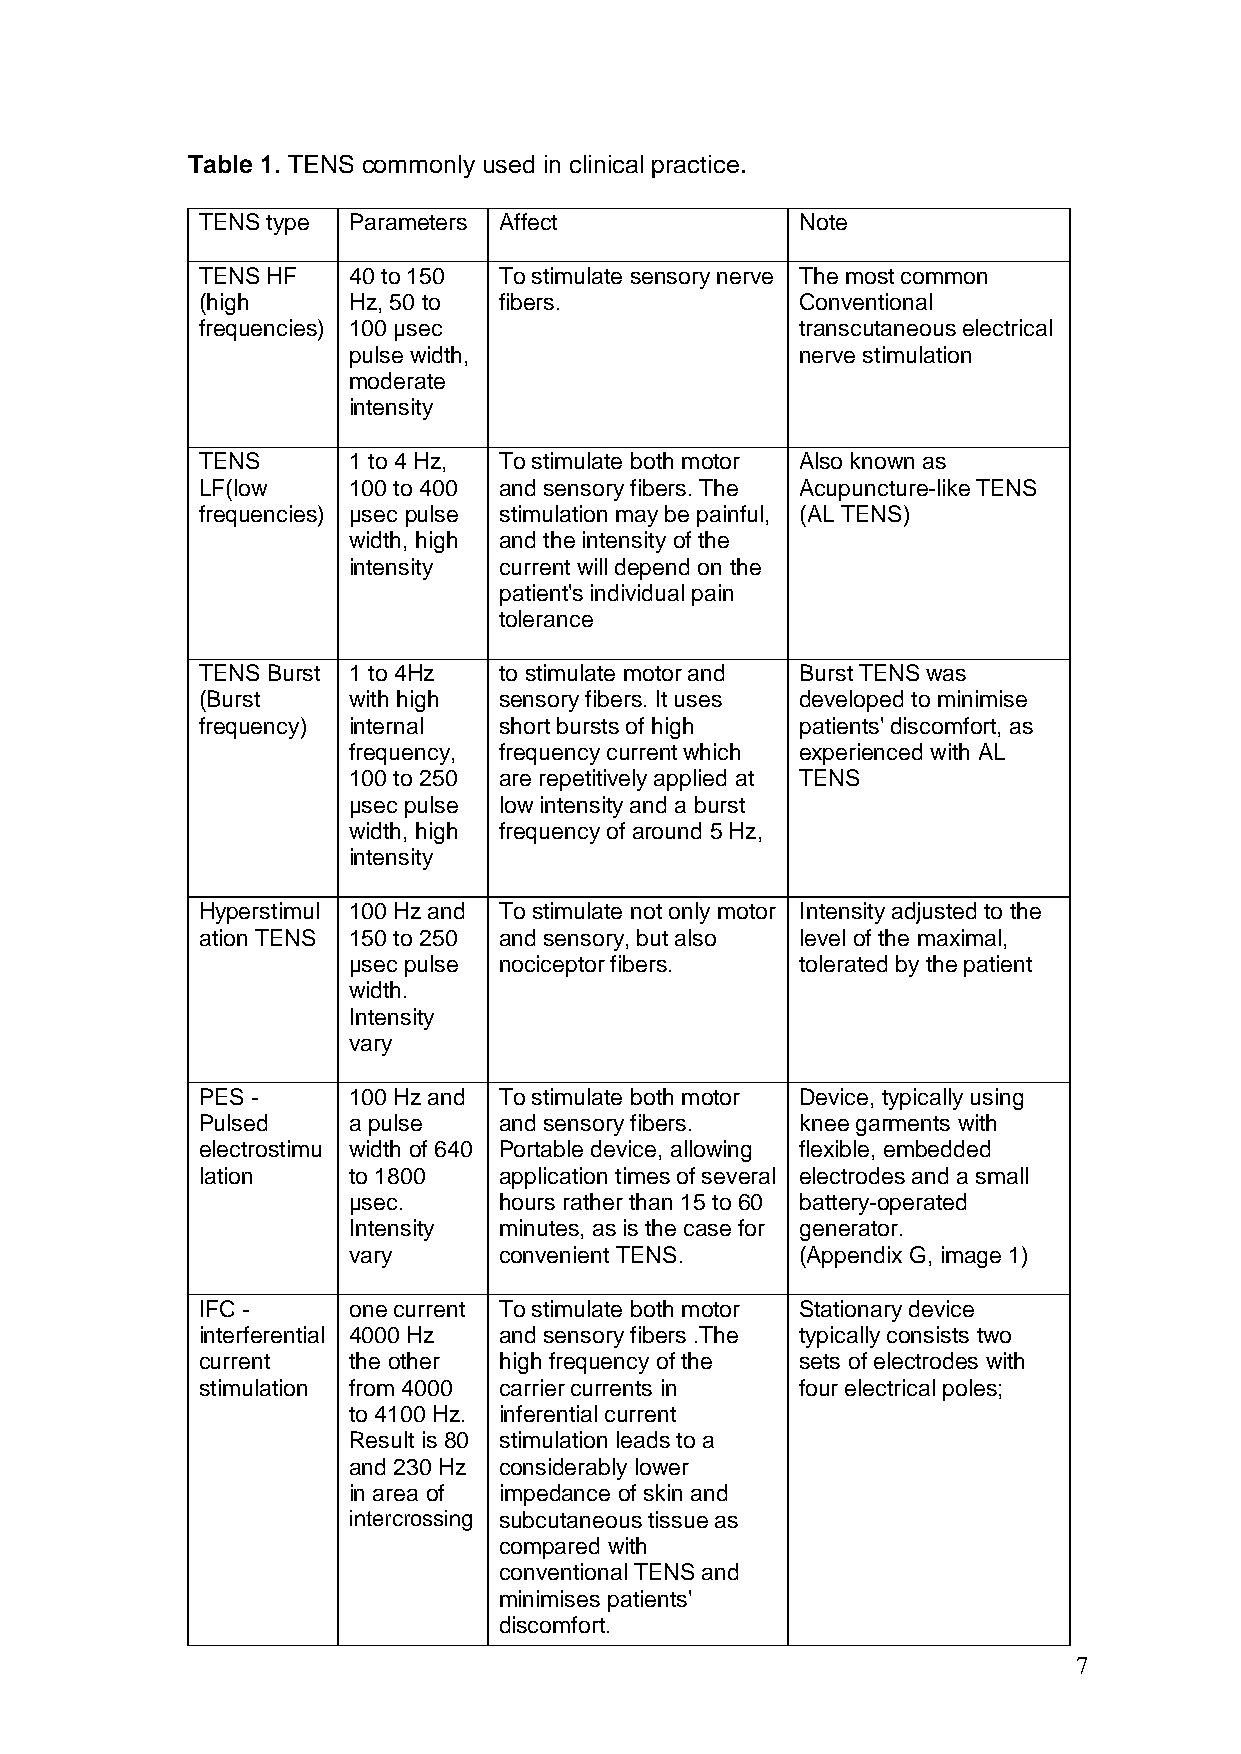
Table 1. TENS commonly used in clinical practice.
 TENS type Parameters Affect             Note
 TENS HF   40 to 150 To stimulate sensory nerve The most common
 (high     Hz, 50 to fibers.             Conventional
 frequencies) 100 µsec                   transcutaneous electrical
 pulse width,                  nerve stimulation
 moderate
 intensity
 TENS      1 to 4 Hz, To stimulate both motor Also known as
 LF(low    100 to 400 and sensory fibers. The Acupuncture-like TENS
 frequencies) µsec pulse stimulation may be painful, (AL TENS)
 width, high and the intensity of the
 intensity current will depend on the
 patient's individual pain
 tolerance
 TENS Burst 1 to 4Hz to stimulate motor and Burst TENS was
 (Burst    with high sensory fibers. It uses developed to minimise
 frequency) internal short bursts of high patients' discomfort, as
 frequency, frequency current which experienced with AL
 100 to 250 are repetitively applied at TENS
 µsec pulse low intensity and a burst
 width, high frequency of around 5 Hz,
 intensity
 Hyperstimul 100 Hz and To stimulate not only motor Intensity adjusted to the
 ation TENS 150 to 250 and sensory, but also level of the maximal,
 µsec pulse nociceptor fibers. tolerated by the patient
 width.
 Intensity
 vary
 PES -     100 Hz and To stimulate both motor Device, typically using
 Pulsed    a pulse   and sensory fibers. knee garments with
 electrostimu width of 640 Portable device, allowing flexible, embedded
 lation    to 1800   application times of several electrodes and a small
 µsec.     hours rather than 15 to 60 battery-operated
 Intensity minutes, as is the case for generator.
 vary      convenient TENS.    (Appendix G, image 1)
 IFC -     one current To stimulate both motor Stationary device
 interferential 4000 Hz and sensory fibers .The typically consists two
 current   the other high frequency of the sets of electrodes with
 stimulation from 4000 carrier currents in four electrical poles;
 to 4100 Hz. inferential current
 Result is 80 stimulation leads to a
 and 230 Hz considerably lower
 in area of impedance of skin and
 intercrossing subcutaneous tissue as
 compared with
 conventional TENS and
 minimises patients'
 discomfort.
 7